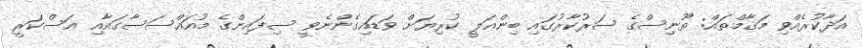
އަދާކުރެއްވި މަޤާމްތައް: ތޫނިސްގެ ސަރުކާރުގައި ބިންޢަލީ ކުރިޔަށް ވަޑައިގެންނެވީ ސިފައިންގެ މުއައްސަސާގައާއި ޢަސްކަރީ